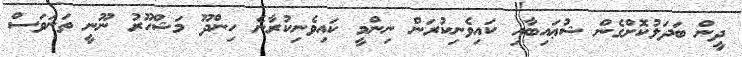
ދީން ބަދަލުކޮށްގެން ޝުޢައިބާއި ކައިވެނިކުރަން ނިންމީ ކައިވެނިކުރާނެ ހިންދޫ މަޝްހޫރު ނޫނީ ތަނަވަސް